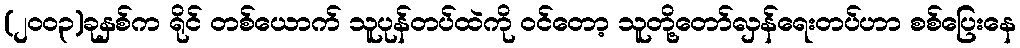
(၂၀၀၃)ခုနှစ်က ရိုင် တစ်ယောက် သူပုန်တပ်ထဲကို ဝင်တော့ သူတို့တော်လှန်ရေးတပ်ဟာ စစ်ပြေးနေ